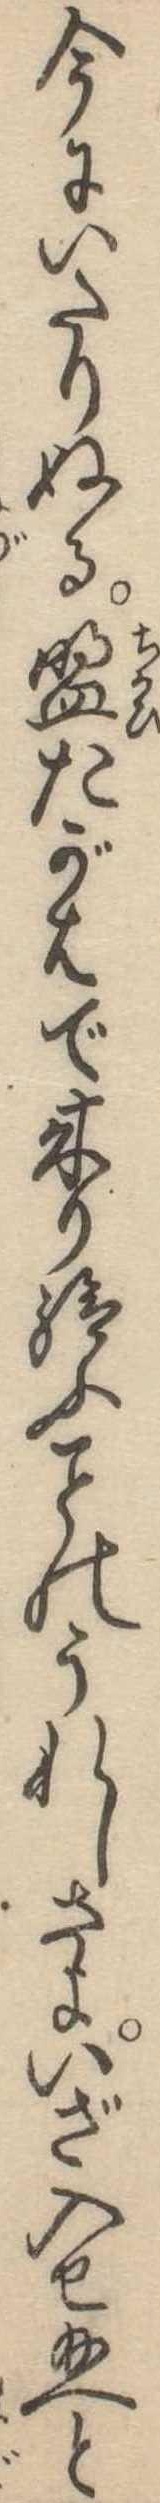
今にいたりぬる盟たがはで来り給ふのうれしさよいざ入せ給へと